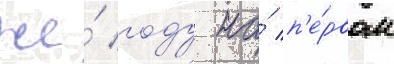
же́ году на́ п'е́рвом